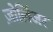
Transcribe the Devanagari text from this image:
ज़ोलिंजर